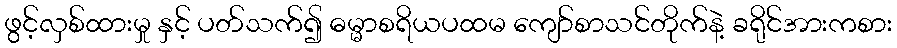
ဖွင့်လှစ်ထားမှု နှင့် ပတ်သက်၍ ဓမ္မာစရိယပထမ ကျော်စာသင်တိုက်နဲ့ ခရိုင်အားကစား